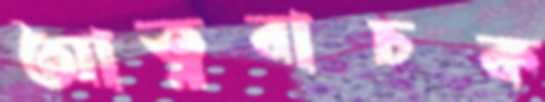
আত্নবাচক